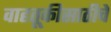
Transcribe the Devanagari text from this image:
वाहतूकीसाठीचे